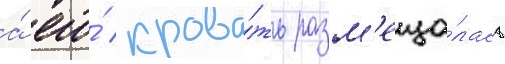
а́ его́ крова́ть разм'еща́лась